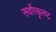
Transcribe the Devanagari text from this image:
सर्वोत्कृत्ष्ट